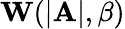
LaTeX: \mathbf{W}(|\mathbf{A}|,\beta)